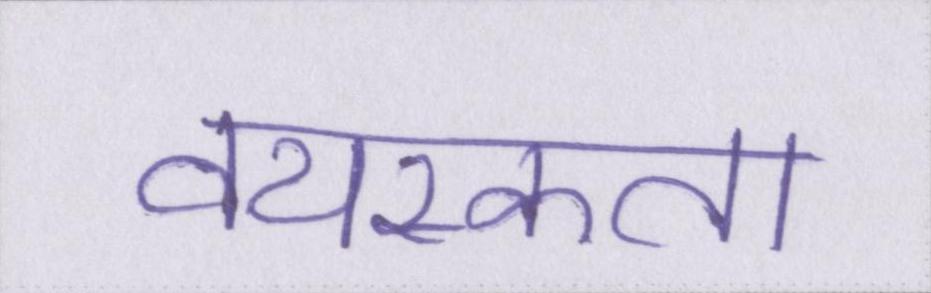
वयस्कता